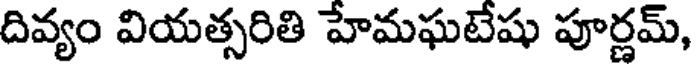
దివ్యం వియత్సరితి హేమఘటేషు పూర్ణమ్,